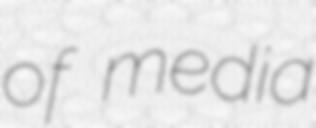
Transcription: of media